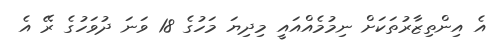
އެ އިންތިޒާރުތަކަށް ނިމުމެއްއައީ މިދިޔަ މަހުގެ 18 ވަނަ ދުވަހުގެ ރޭ އެ